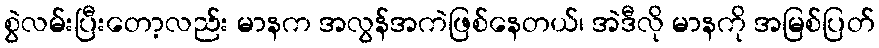
စွဲလမ်းပြီးတော့လည်း မာနက အလွန်အကဲဖြစ်နေတယ်၊ အဲဒီလို မာနကို အမြစ်ပြတ်